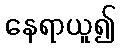
နေရာယူ၍